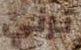
ترني